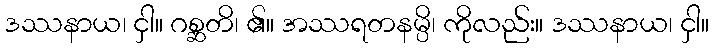
ဒဿနာယ၊ ငှါ။ ဂစ္ဆတိ၊ ၏။ အဿရတနမ္ပိ၊ ကိုလည်း။ ဒဿနာယ၊ ငှါ။